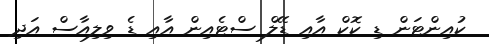
ކުއިންޓަން ޑި ކޮކް އާއި ޑޭލް ސްޓެއިން އާއި ޑެ ވިލިއާސް އަދި